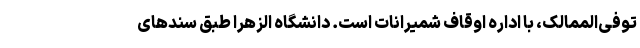
توفی‌الممالک، با اداره اوقاف شمیرانات است. دانشگاه الزهرا طبق سند‌های